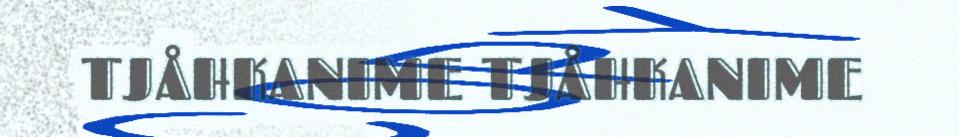
TJÅHKANIME TJÅHKANIME